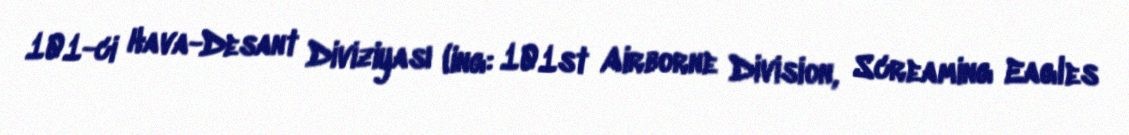
101-ci Hava-Desant Diviziyası (ing: 101st Airborne Division, Screaming Eagles